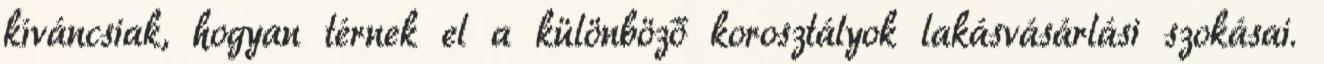
kíváncsiak, hogyan térnek el a különböző korosztályok lakásvásárlási szokásai.